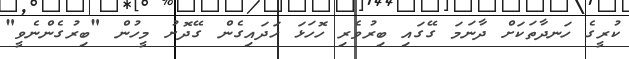
ކުރީގެ ހަނދާތަކަށް ދާނަމަ ގޭގައި ބިރުވެރި ހޮހަޅަ ހަދައިގެން ގޭދޮށު މީހުން "ބިރުގެންނެވީ"